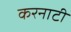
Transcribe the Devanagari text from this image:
करनाटी